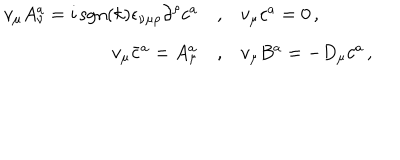
\begin{array} { r c l } { { v _ { \mu } A _ { \nu } ^ { a } = i \, \mathrm { s g n } ( k ) { \epsilon } _ { \nu \mu \rho } { \partial } ^ { \rho } c ^ { a } } } & { { , } } & { { v _ { \mu } c ^ { a } = 0 \, , } } \\ { { v _ { \mu } { \bar { c } ^ { a } } = A _ { \mu } ^ { a } } } & { { , } } & { { v _ { \mu } B ^ { a } = - D _ { \mu } c ^ { a } \, , } } \\ \end{array}